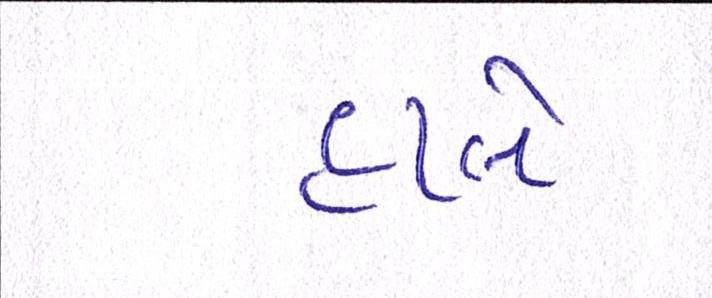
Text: હાલે